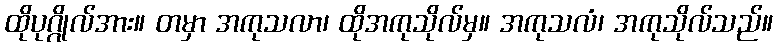
ထိုပုဂ္ဂိုလ်အား။ တမှာ အကုသလာ၊ ထိုအကုသိုလ်မှ။ အကုသလံ၊ အကုသိုလ်သည်။